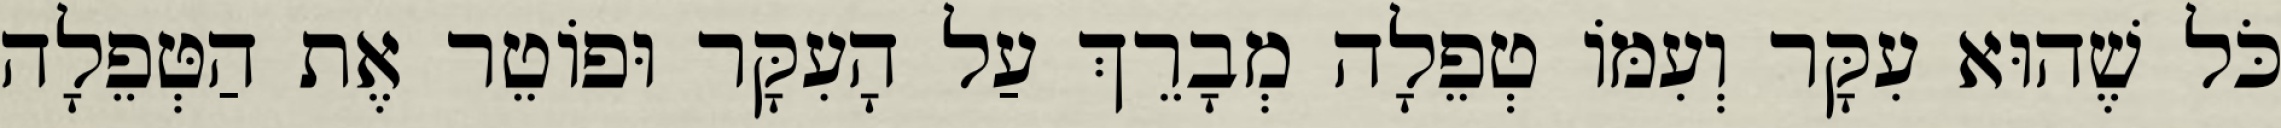
כֹּל שֶׁהוּא עִקָּר וְעִמּוֹ טְפֵלָה מְבָרֵךְ עַל הָעִקָּר וּפוֹטֵר אֶת הַטְּפֵלָה